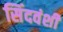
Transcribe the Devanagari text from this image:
सिंदवंशी